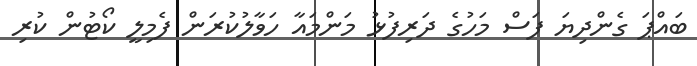
ބައްޕަ ގެންދިޔަ ފަސް މަހުގެ ދަރިފުޅު މަންމައާ ހަވާލުކުރަން ފެމިލީ ކޯޓުން ކުރި